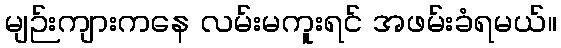
မျဉ်းကျားကနေ လမ်းမကူးရင် အဖမ်းခံရမယ်။